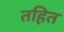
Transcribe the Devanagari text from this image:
तहित